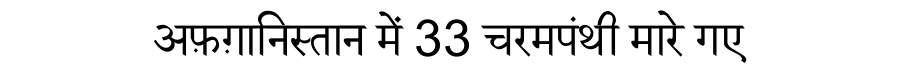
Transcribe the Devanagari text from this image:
अफ़ग़ानिस्तान में 33 चरमपंथी मारे गए